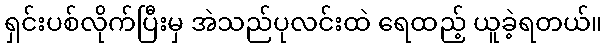
ရှင်းပစ်လိုက်ပြီးမှ အဲသည်ပုလင်းထဲ ရေထည့် ယူခဲ့ရတယ်။